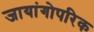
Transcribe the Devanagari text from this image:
जायांगोपरिक